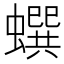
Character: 蟤